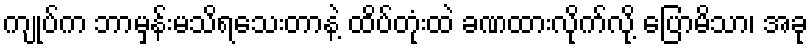
ကျုပ်က ဘာမှန်းမသိရသေးတာနဲ့ ထိပ်တုံးထဲ ခဏထားလိုက်လို့ ပြောမိသာ၊ အခု